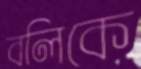
বলিকে